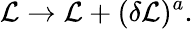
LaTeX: {\cal L}\rightarrow{\cal L}+(\delta{\cal L})^{a}.